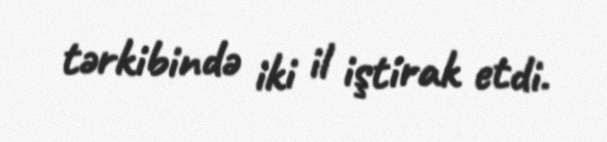
tərkibində iki il iştirak etdi.